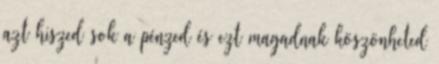
azt hiszed sok a pénzed és ezt magadnak köszönheted